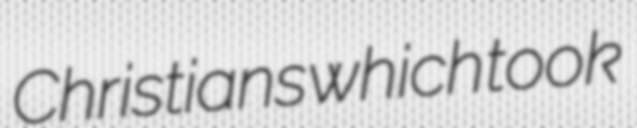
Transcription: Christians which took